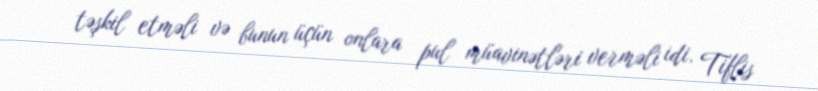
təşkil etməli və bunun üçün onlara pul müavinətləri verməli idi. Tiflis